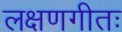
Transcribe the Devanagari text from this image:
लक्षणगीतः